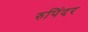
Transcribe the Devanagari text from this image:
रुपिंदर